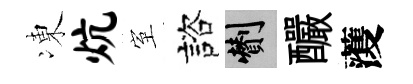
凍炕室諮剪釅𮑮